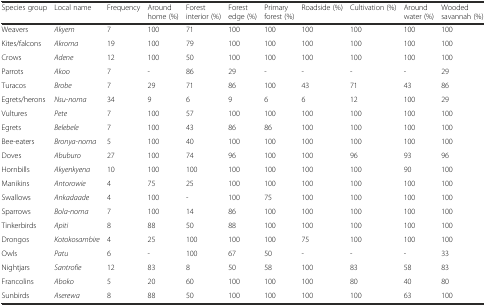
<table><thead><tr><td><b>Species group</b></td><td><b>Local name</b></td><td><b>Frequency</b></td><td><b>Around home (%)</b></td><td><b>Forest interior (%)</b></td><td><b>Forest edge (%)</b></td><td><b>Primary forest (%)</b></td><td><b>Roadside (%)</b></td><td><b>Cultivation (%)</b></td><td><b>Around water (%)</b></td><td><b>Wooded savannah (%)</b></td></tr></thead><tbody><tr><td>Weavers</td><td><i>Akyem</i></td><td>7</td><td>100</td><td>71</td><td>100</td><td>100</td><td>100</td><td>100</td><td>100</td><td>100</td></tr><tr><td>Kites/falcons</td><td><i>Akroma</i></td><td>19</td><td>100</td><td>79</td><td>100</td><td>100</td><td>100</td><td>100</td><td>100</td><td>100</td></tr><tr><td>Crows</td><td><i>Adene</i></td><td>12</td><td>100</td><td>50</td><td>100</td><td>100</td><td>100</td><td>100</td><td>100</td><td>100</td></tr><tr><td>Parrots</td><td><i>Akoo</i></td><td>7</td><td>-</td><td>86</td><td>29</td><td>-</td><td>-</td><td>-</td><td>-</td><td>29</td></tr><tr><td>Turacos</td><td><i>Brobe</i></td><td>7</td><td>29</td><td>71</td><td>86</td><td>100</td><td>43</td><td>71</td><td>43</td><td>86</td></tr><tr><td>Egrets/herons</td><td><i>Nsu-noma</i></td><td>34</td><td>9</td><td>6</td><td>9</td><td>6</td><td>6</td><td>12</td><td>100</td><td>29</td></tr><tr><td>Vultures</td><td><i>Pete</i></td><td>7</td><td>100</td><td>57</td><td>100</td><td>100</td><td>100</td><td>100</td><td>100</td><td>100</td></tr><tr><td>Egrets</td><td><i>Belebele</i></td><td>7</td><td>100</td><td>43</td><td>86</td><td>86</td><td>100</td><td>100</td><td>100</td><td>100</td></tr><tr><td>Bee-eaters</td><td><i>Bronya-noma</i></td><td>5</td><td>100</td><td>40</td><td>100</td><td>100</td><td>100</td><td>100</td><td>100</td><td>100</td></tr><tr><td>Doves</td><td><i>Abuburo</i></td><td>27</td><td>100</td><td>74</td><td>96</td><td>100</td><td>100</td><td>96</td><td>93</td><td>96</td></tr><tr><td>Hornbills</td><td><i>Akyenkyena</i></td><td>10</td><td>100</td><td>100</td><td>100</td><td>100</td><td>100</td><td>100</td><td>90</td><td>100</td></tr><tr><td>Manikins</td><td><i>Antorowie</i></td><td>4</td><td>75</td><td>25</td><td>100</td><td>100</td><td>100</td><td>100</td><td>100</td><td>100</td></tr><tr><td>Swallows</td><td><i>Ankadaade</i></td><td>4</td><td>100</td><td>-</td><td>100</td><td>75</td><td>100</td><td>100</td><td>100</td><td>100</td></tr><tr><td>Sparrows</td><td><i>Bola-noma</i></td><td>7</td><td>100</td><td>14</td><td>86</td><td>100</td><td>100</td><td>100</td><td>100</td><td>100</td></tr><tr><td>Tinkerbirds</td><td><i>Apiti</i></td><td>8</td><td>88</td><td>50</td><td>88</td><td>100</td><td>100</td><td>100</td><td>100</td><td>100</td></tr><tr><td>Drongos</td><td><i>Kotokosambire</i></td><td>4</td><td>25</td><td>100</td><td>100</td><td>100</td><td>75</td><td>100</td><td>100</td><td>100</td></tr><tr><td>Owls</td><td><i>Patu</i></td><td>6</td><td>-</td><td>100</td><td>67</td><td>50</td><td>-</td><td>-</td><td>-</td><td>33</td></tr><tr><td>Nightjars</td><td><i>Santrofie</i></td><td>12</td><td>83</td><td>8</td><td>50</td><td>58</td><td>100</td><td>83</td><td>58</td><td>83</td></tr><tr><td>Francolins</td><td><i>Aboko</i></td><td>5</td><td>20</td><td>60</td><td>100</td><td>100</td><td>100</td><td>80</td><td>40</td><td>80</td></tr><tr><td>Sunbirds</td><td><i>Aserewa</i></td><td>8</td><td>88</td><td>50</td><td>100</td><td>100</td><td>100</td><td>100</td><td>63</td><td>100</td></tr></tbody></table>